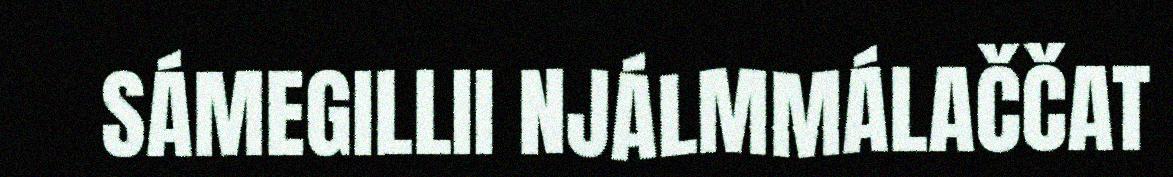
SÁMEGILLII NJÁLMMÁLAČČAT